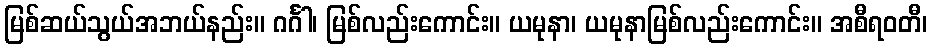
မြစ်ဆယ်သွယ်အဘယ်နည်း။ ဂင်္ဂါ၊ မြစ်လည်းကောင်း။ ယမုနာ၊ ယမုနာမြစ်လည်းကောင်း။ အစီရဝတီ၊